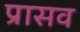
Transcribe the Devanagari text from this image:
प्रासव